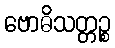
ဗောဓိသတ္တဉ္စ